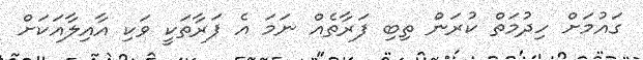
ގައުމަށް ހިދުމަތް ކުރަން ތިބި ފަރާތެއް ނަމަ އެ ފަރާތަކީ ވަކި އާއިލާއަކަށް